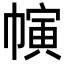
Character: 𢄨